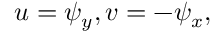
u = \psi _ { y } , v = - \psi _ { x } ,